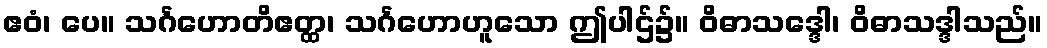
ဧဝံ၊ ပေ။ သင်္ဂဟောတိဧတ္ထ၊ သင်္ဂဟောဟူသော ဤပါဌ်၌။ ဝိဓာသဒ္ဒေါ၊ ဝိဓာသဒ္ဒါသည်။